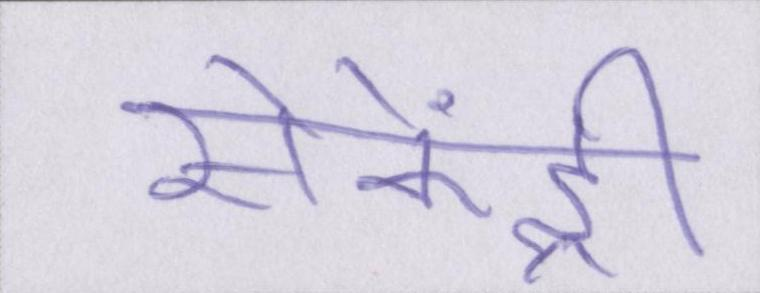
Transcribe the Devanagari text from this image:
सेकेंड्री